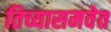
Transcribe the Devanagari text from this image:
तिच्यासमवेत